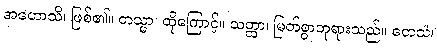
အဟောသိ၊ ဖြစ်၏။ တသ္မာ၊ ထိုကြောင့်။ သတ္ထာ၊ မြတ်စွာဘုရားသည်။ တေသံ၊